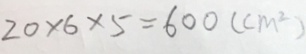
2 0 \times 6 \times 5 = 6 0 0 ( c m ^ { 2 } )